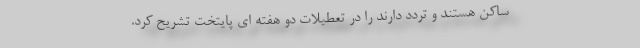
ساکن هستند و تردد دارند را در تعطیلات دو هفته ای پایتخت تشریح کرد.